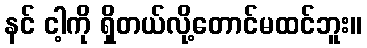
နင် ငါ့ကို ရှိတယ်လို့တောင်မထင်ဘူး။